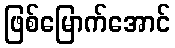
ဖြစ်မြောက်အောင်